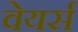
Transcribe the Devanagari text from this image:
वेयर्स